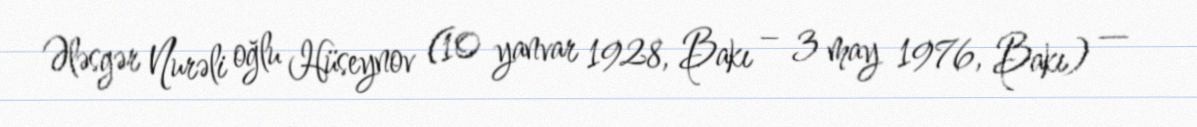
Ələsgər Nurəli oğlu Hüseynov (10 yanvar 1928, Bakı – 3 may 1976, Bakı) —